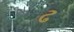
ઢ